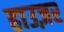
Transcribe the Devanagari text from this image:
हाउज़र